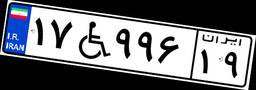
۱۷W۹۹۶۱۹